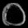
Digit: ၀